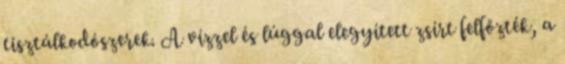
tisztálkodószerek. A vízzel és lúggal elegyített zsírt felfőzték, a